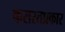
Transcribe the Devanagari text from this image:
कसरतप्रकार